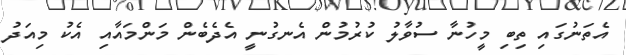
އެތަނުގައި ތިބި މީހުނާ ސުވާލު ކުރުމުން އެނގުނީ އެދެބެން މަންމައާއި އެކު މިއަދު